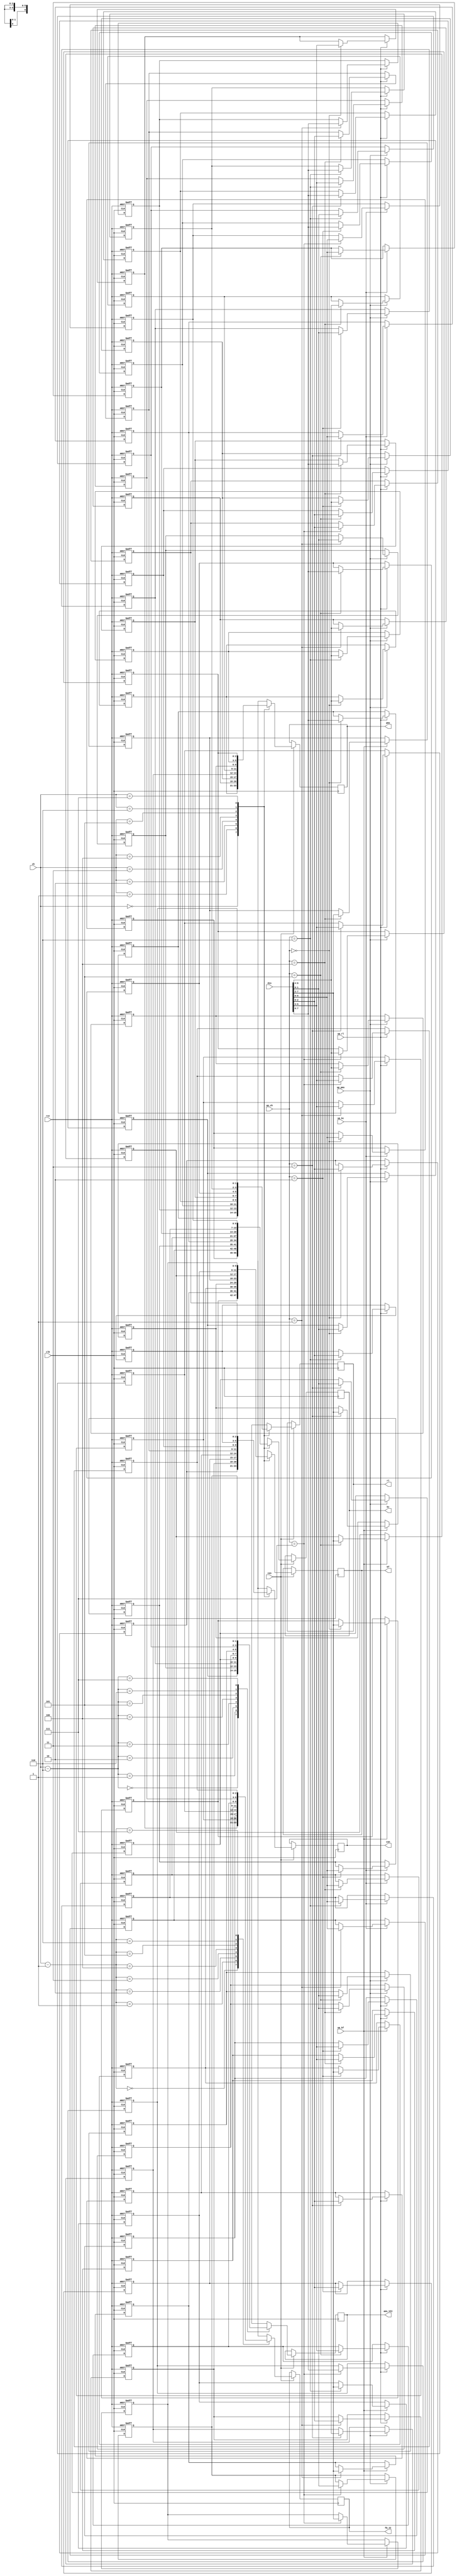
// This program was cloned from: https://github.com/atrac17/Toaplan2
// License: GNU General Public License v3.0

/*  This file is part of JT51.

    JT51 is free software: you can redistribute it and/or modify
    it under the terms of the GNU General Public License as published by
    the Free Software Foundation, either version 3 of the License, or
    (at your option) any later version.

    JT51 is distributed in the hope that it will be useful,
    but WITHOUT ANY WARRANTY; without even the implied warranty of
    MERCHANTABILITY or FITNESS FOR A PARTICULAR PURPOSE.  See the
    GNU General Public License for more details.

    You should have received a copy of the GNU General Public License
    along with JT51.  If not, see <http://www.gnu.org/licenses/>.
    
    Author: Jose Tejada Gomez. Twitter: @topapate
    Version: 1.0
    Date: 23-10-2019
    */

// Channel data is not stored in a CSR as operators
// Proof of that is the Splatter House arcade writes
// channel and operator data in two consequitive accesses
// without enough time in between to have the eight
// channels go through the CSR. So the channel data
// cannot be CSR, but regular registers.
module jt51_reg_ch(
    input         rst,
    input         clk,
    input         cen,
    input  [ 7:0] din,

    input  [ 2:0] up_ch,
    input         up_rl,
    input         up_kc,
    input         up_kf,
    input         up_pms,

    input      [2:0] ch, // next active channel
    output reg [1:0] rl,
    output reg [2:0] fb_II,
    output reg [2:0] con,
    output reg [6:0] kc,
    output reg [5:0] kf,
    output reg [1:0] ams_VII,
    output reg [2:0] pms
);

wire    [1:0]   rl_in   = din[7:6];
wire    [2:0]   fb_in   = din[5:3];
wire    [2:0]   con_in  = din[2:0];
wire    [6:0]   kc_in   = din[6:0];
wire    [5:0]   kf_in   = din[7:2];
wire    [1:0]   ams_in  = din[1:0];
wire    [2:0]   pms_in  = din[6:4];

reg [1:0] reg_rl[0:7];
reg [2:0] reg_fb[0:7];
reg [2:0] reg_con[0:7];
reg [6:0] reg_kc[0:7];
reg [5:0] reg_kf[0:7];
reg [1:0] reg_ams[0:7];
reg [2:0] reg_pms[0:7];

integer i;

always @(posedge clk) if(cen) begin
    rl      <= reg_rl[ch];
    fb_II   <= reg_fb[ch-3'd1];
    con     <= reg_con[ch];
    kc      <= reg_kc[ch];
    kf      <= reg_kf[ch];
    ams_VII <= reg_ams[ch-3'd6];
    pms     <= reg_pms[ch];
end

always @(posedge clk, posedge rst) begin
    if( rst ) for(i=0;i<8;i=i+1) begin
        reg_rl[i]  <= 0;
        reg_fb[i]  <= 0;
        reg_con[i] <= 0;
        reg_kc[i]  <= 0;
        reg_kf[i]  <= 0;
        reg_ams[i] <= 0;
        reg_pms[i] <= 0;
    end else begin
        i = 0; // prevents latch warning in Quartus
        if( up_rl  ) begin
            reg_rl[up_ch]  <= rl_in;
            reg_fb[up_ch]  <= fb_in;
            reg_con[up_ch] <= con_in;
        end
        if( up_kc  ) reg_kc[up_ch]  <= kc_in;
        if( up_kf  ) reg_kf[up_ch]  <= kf_in;
        if( up_pms ) begin
            reg_ams[up_ch] <= ams_in;
            reg_pms[up_ch] <= pms_in;
        end
    end
end

endmodule